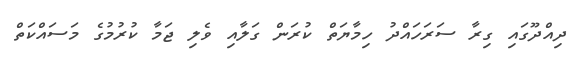
ދިއްދޫގައި ގިރާ ސަރަހައްދު ހިމާޔަތް ކުރަން ގަލާއި ވެލި ޖަމާ ކުރުމުގެ މަސައްކަތް